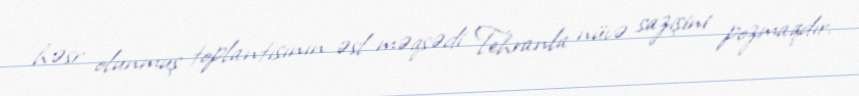
həsr olunmuş toplantısının əsl məqsədi Tehranla nüvə sazişini pozmaqdır.